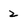
Character: 2